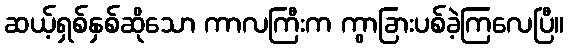
ဆယ့်ရှစ်နှစ်ဆိုသော ကာလကြီးက ကွာခြားပစ်ခဲ့ကြလေပြီ။